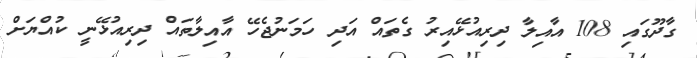
ގާދޫގައި 108 އާއިލާ ދިރިއުޅޭއިރު ގެތައް އަދި ހަމަނުޖެހޭ އާއިލާތައް ދިރިއުޅޭނީ ކުއްޔަށް